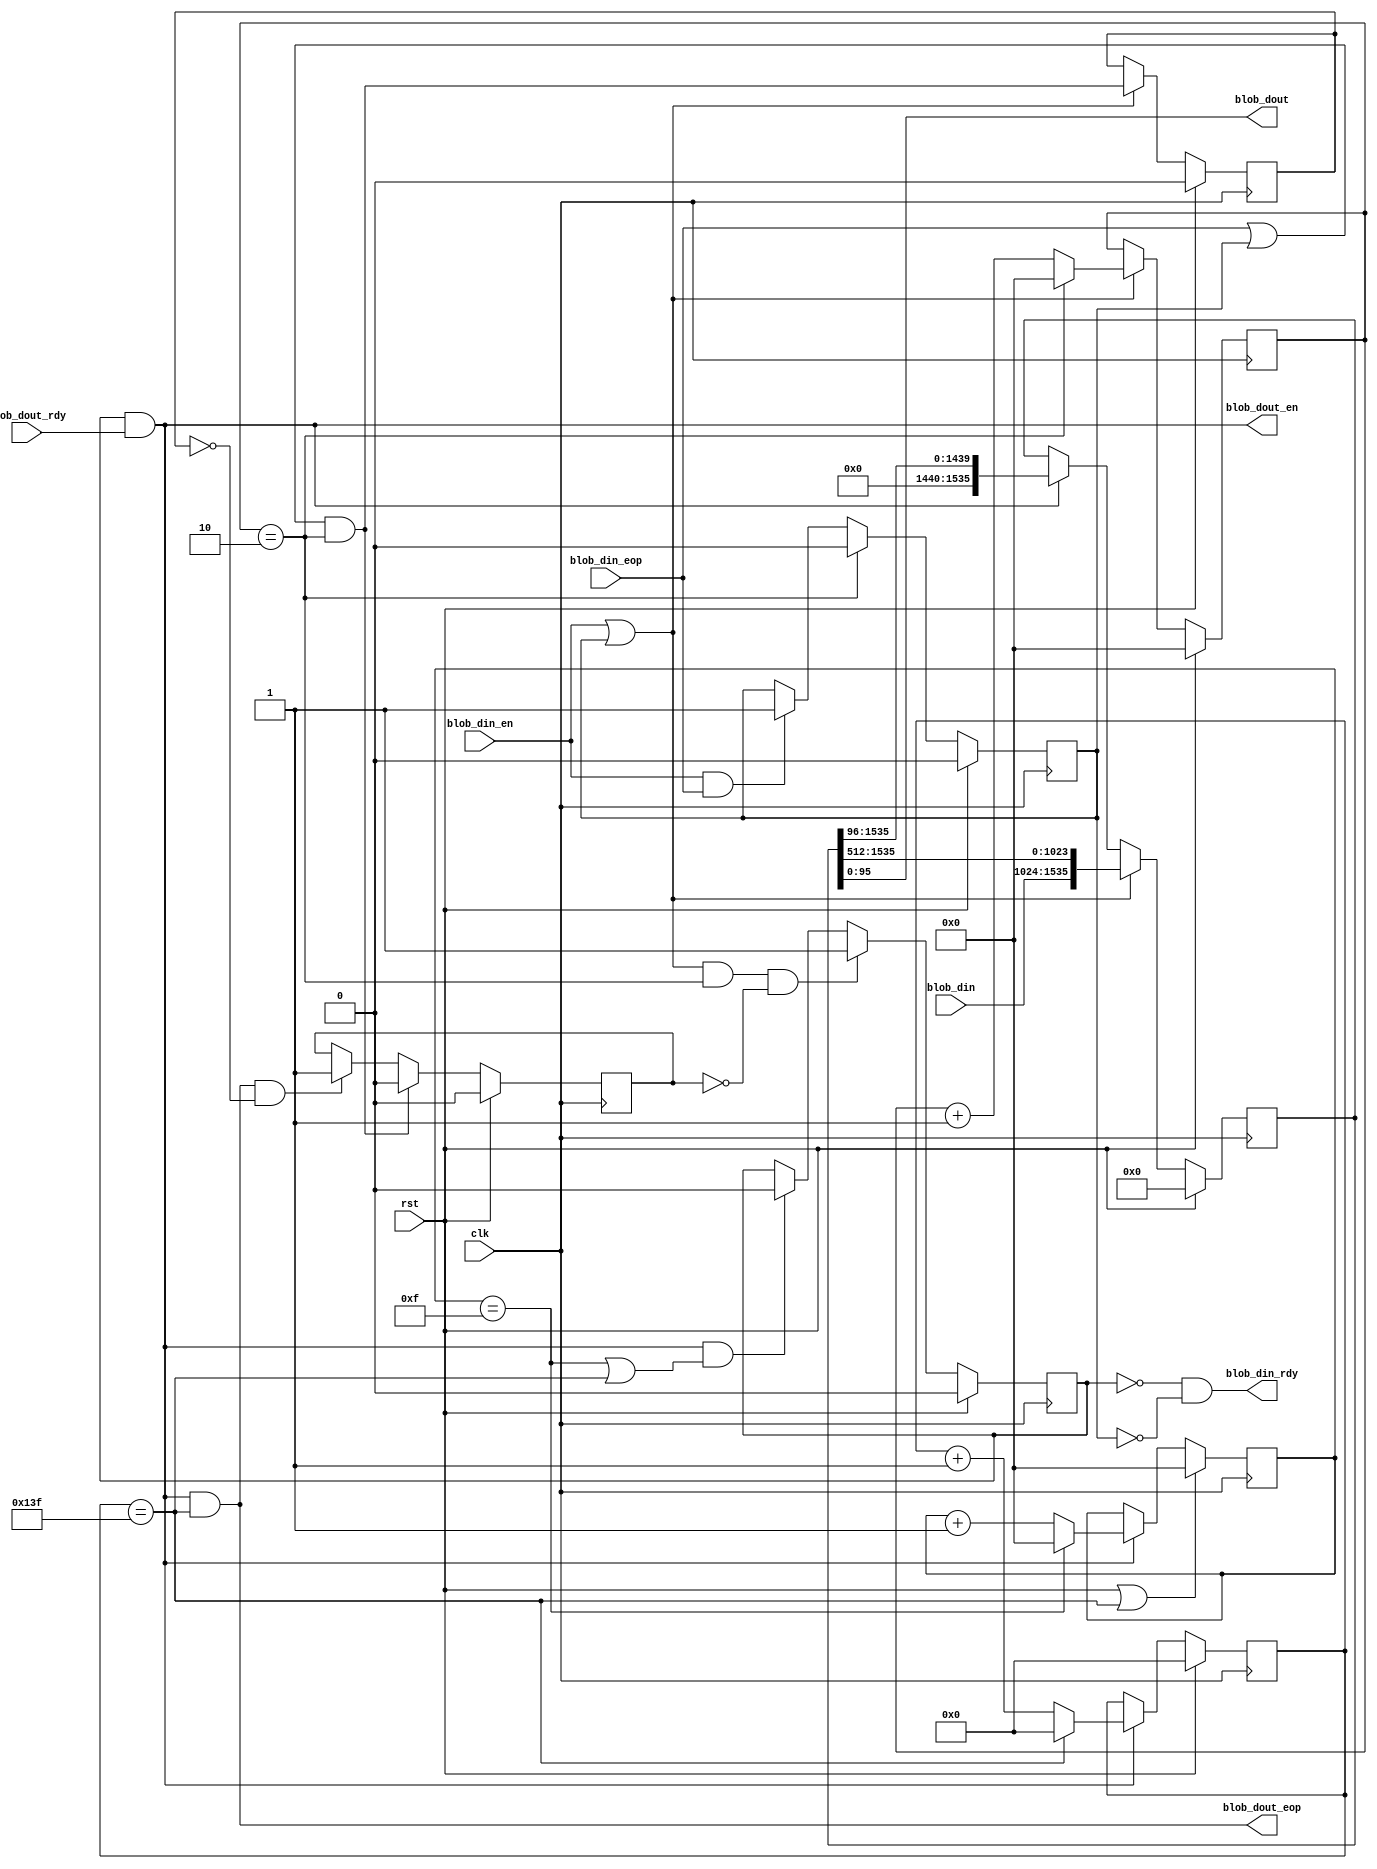
// This program was cloned from: https://github.com/IBM/AccDNN
// License: Apache License 2.0

module busm2n(
  clk,
  rst,
  blob_din,
  blob_din_rdy,
  blob_din_en,
  blob_din_eop,
  blob_dout,
  blob_dout_rdy,
  blob_dout_en,
  blob_dout_eop
);

parameter IN_WIDTH  = 512;
parameter OUT_WIDTH = 96;
parameter COM_MUL   = 1536;
parameter IN_COUNT  = COM_MUL / IN_WIDTH;
parameter OUT_COUNT = COM_MUL / OUT_WIDTH;
parameter N         = 320;

//========================================
//input/output  declare
//========================================
input                                 clk;
input                                 rst;
input      [IN_WIDTH-1:0]             blob_din;
output                                blob_din_rdy;
input                                 blob_din_en;
input                                 blob_din_eop;
output     [OUT_WIDTH-1:0]            blob_dout;
input                                 blob_dout_rdy;
output                                blob_dout_en;
output                                blob_dout_eop;

reg [15:0] din_cnt;
reg auto_pad;
always @ (posedge clk)
begin
  if(rst)
    din_cnt <= 16'b0;
  else if(blob_din_en | auto_pad)
    begin
      if(din_cnt == IN_COUNT - 1)
        din_cnt <= 16'b0;
      else
        din_cnt <= din_cnt + 1;
    end
  else
    din_cnt <= din_cnt;
end

//auto_pad for shit register...
always @ (posedge clk)
begin
  if(rst)
    auto_pad <= 0;
  else if(din_cnt == IN_COUNT - 1)
    auto_pad <= 0;
  else if(blob_din_en & blob_din_eop)
    auto_pad <= 1;
  else
    auto_pad <= auto_pad;
end

assign blob_din_eop_pad = (blob_din_eop | auto_pad) & (din_cnt == IN_COUNT - 1);

reg [15:0] dout_cnt;
reg [31:0] dout_cnt_total;
always @ (posedge clk)
begin
  if(rst | (dout_cnt_total == N-1))
    dout_cnt <= 16'b0;
  else if(blob_dout_en)
    begin
      if(dout_cnt == OUT_COUNT - 1)
        dout_cnt <= 16'b0;
      else
        dout_cnt <= dout_cnt + 1;
    end
  else
    dout_cnt <= dout_cnt;
end

always @ (posedge clk)
begin
  if(rst)
    dout_cnt_total <= 32'b0;
  else if(blob_dout_en)
    begin
      if(dout_cnt_total == N-1)
        dout_cnt_total <= 32'b0;
      else
        dout_cnt_total <= dout_cnt_total + 1'b1;
    end
  else
    dout_cnt_total <= dout_cnt_total;
end

reg  [COM_MUL-1:0]  din_tmp;
generate 
  if (COM_MUL == IN_WIDTH) begin: gen_block
    always @ (posedge clk)
        begin
          if(rst)
            din_tmp <= 0;
          else if(blob_din_en | auto_pad)
            din_tmp <= blob_din;
          else if(blob_dout_en)
            din_tmp <= (din_tmp >> OUT_WIDTH);
          else
            din_tmp <= din_tmp;
        end
  end
  else begin
    always @ (posedge clk)
        begin
          if(rst)
            din_tmp <= 0;
          else if(blob_din_en | auto_pad)
            din_tmp <= {blob_din, din_tmp[COM_MUL-1:IN_WIDTH]};
          else if(blob_dout_en)
            din_tmp <= (din_tmp >> OUT_WIDTH);
          else
            din_tmp <= din_tmp;
        end
  end
endgenerate

reg last_blob_din;
always @ (posedge clk)
begin
  if (rst)
     last_blob_din <= 1'b0;
  else if (blob_din_en | auto_pad)
     last_blob_din <= blob_din_eop_pad;
  else
     last_blob_din <= last_blob_din;
end

reg trunc_en;
always @ (posedge clk)
begin
  if(rst)
      trunc_en <= 1'b0;
  else if(blob_din_eop_pad)
      trunc_en <= 1'b0;
  else if(blob_dout_eop & (~last_blob_din))
      trunc_en <= 1'b1;
  else
      trunc_en <= trunc_en;
end

reg read_write_sel;
always @ (posedge clk)
begin
  if(rst)
    read_write_sel <= 1'b0;
  else if((blob_din_en | auto_pad) & (din_cnt == IN_COUNT-1) & (~trunc_en)) 
    read_write_sel <= 1'b1;
  else if(blob_dout_en & ((dout_cnt == OUT_COUNT-1) | (dout_cnt_total == N-1)))
    read_write_sel <= 1'b0;
  else
    read_write_sel <= read_write_sel;
end

assign blob_dout = din_tmp[OUT_WIDTH-1:0];
assign blob_din_rdy = ~read_write_sel & (~auto_pad);
assign blob_dout_en = read_write_sel & blob_dout_rdy;
assign blob_dout_eop = blob_dout_en & (dout_cnt_total == N-1);

endmodule